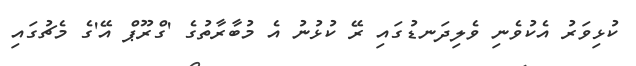
ކުޅިވަރު އެކުވެނި ވެލިދަނޑުގައި ރޭ ކުޅުނު އެ މުބާރާތުގެ 'ގްރޫޕް އޭ'ގެ މެޗުގައި